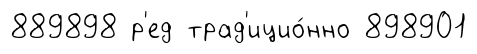
889898 р'ед трад'ицио́нно 898901